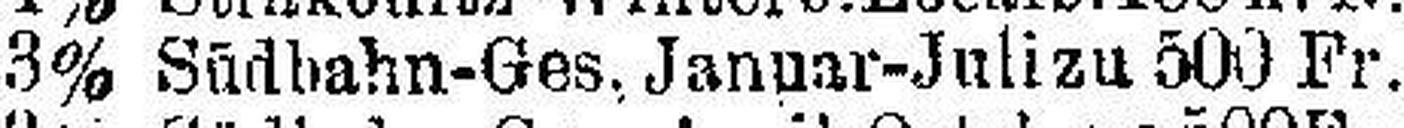
3% Südbahn-Ges. Januar-Juli zu 500 Fr.